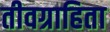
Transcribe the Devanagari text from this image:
तीवग्राहिता